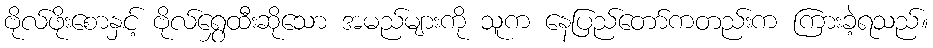
ဗိုလ်ဖိုးစောနှင့် ဗိုလ်ရွှေထီးဆိုသော အမည်များကို သူက နေပြည်တော်ကတည်းက ကြားခဲ့ရသည်။